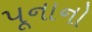
પૂનાનો